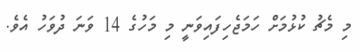
މި މެޗު ކުޅުމަށް ހަމަޖެހިފައިވަނީ މި މަހުގެ 14 ވަނަ ދުވަހު އެވެ.